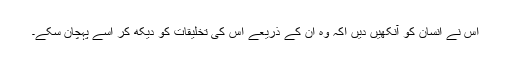
اس نے انسان کو آنکھیں دیں اکہ وہ ان کے ذریعے اس کی تخلیقات کو دیکھ کر اسے پہچان سکے۔